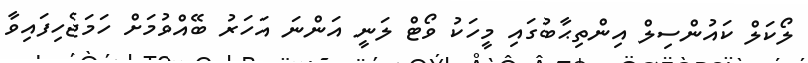
ލޯކަލް ކައުންސިލް އިންތިޙާބުގައި މީހަކު ވޯޓް ލަނީ އަންނަ އަހަރު ބޭއްވުމަށް ހަމަޖެހިފައިވާ